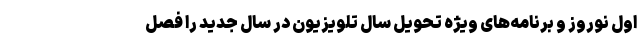
اول نوروز و برنامه‌های ویژه تحویل سال تلویزیون در سال جدید را فصل